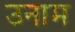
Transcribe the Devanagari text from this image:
उनाम